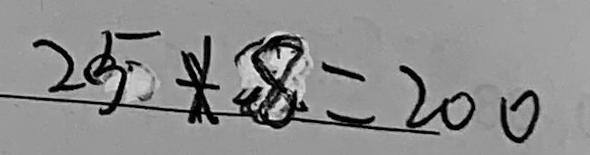
2 5 \times 8 = 2 0 0